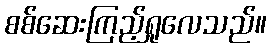
စစ်ဆေးကြည့်ရှုလေသည်။